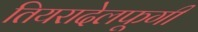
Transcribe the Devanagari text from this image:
तियरादेलफूगी